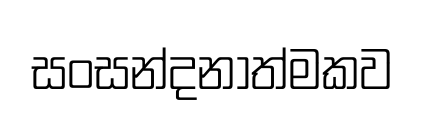
සංසන්දනාත්මකව